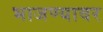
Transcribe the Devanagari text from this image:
भाजण्यावर